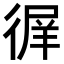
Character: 𢔦